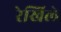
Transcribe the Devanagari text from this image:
रेखिले